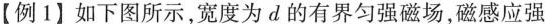
【例1】如下图所示，宽度为d的有界匀强磁场，磁感应强